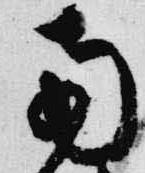
南